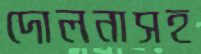
দোলনাসহ